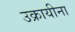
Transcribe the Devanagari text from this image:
उक्रायीना